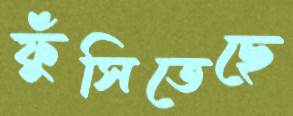
ফুঁসিতেছে